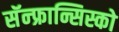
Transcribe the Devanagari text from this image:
सॅन्‍फ्रान्सिस्को